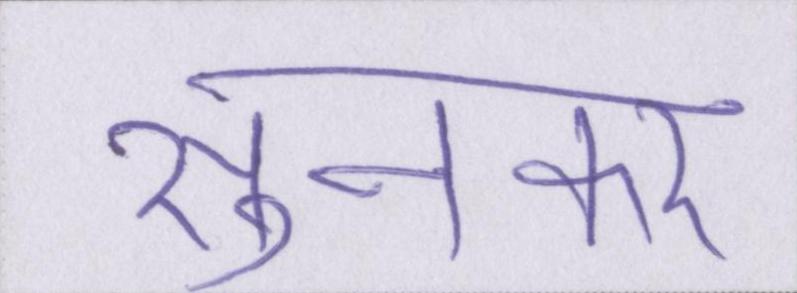
सुनकर